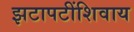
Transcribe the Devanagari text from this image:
झटापटींशिवाय